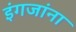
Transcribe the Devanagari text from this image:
इंगजांना